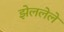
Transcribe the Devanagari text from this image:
झेललेले